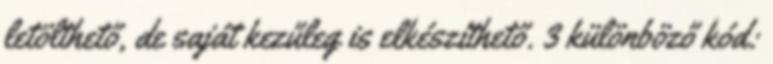
letölthető, de saját kezűleg is elkészíthető. 3 különböző kód: